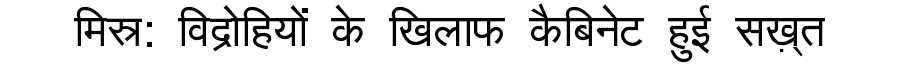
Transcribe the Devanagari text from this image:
मिस्र: विद्रोहियों के खिलाफ कैबिनेट हुई सख़्त